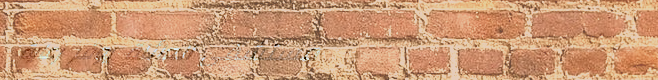
مستشفى العائلة يوفر رعاية